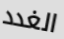
الغدد